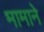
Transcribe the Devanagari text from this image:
मामाने